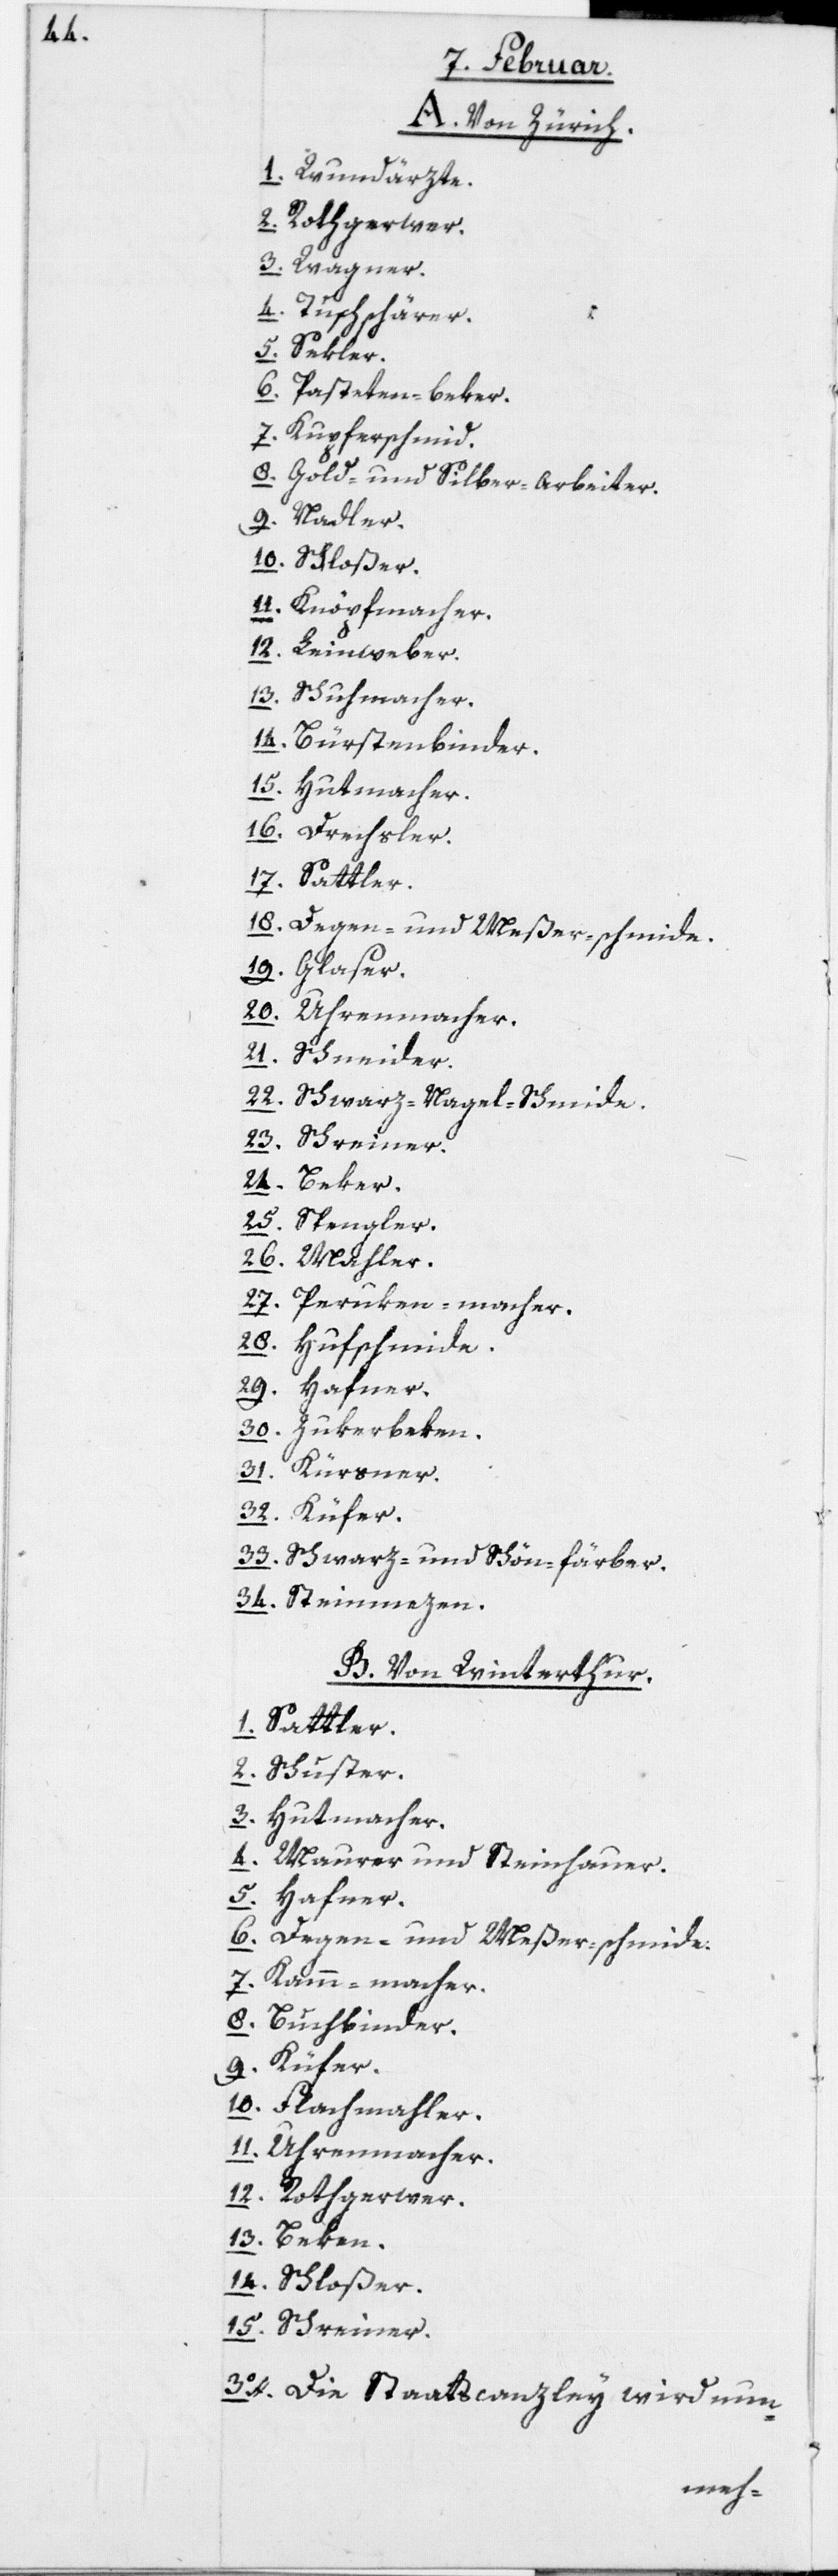
A. Von Zürich.
1. Wundärzte.
2. Rothgerwer.
3. Wagner.
4. Tuschschärer.
5. Sekler.
6. Pasteten-beker.
7. Kupferschmid.
8. Gold- und Silber-Arbeiter.
9. Nadler.
10. Schloßer.
11. Knöpfmacher.
12. Leinweber.
13. Schuhmacher.
14. Bürstenbinder.
15. Hutmacher.
16. Drechsler.
17. Sattler.
18. Degen- und Meßer-schmide.
19. Glaser.
20. Uhrenmacher.
21. Schneider.
22. Schwarz-Nagel-Schmide.
23. Schreiner.
24. Beker.
25. Spengler.
26. Mahler
27. Peruken-macher.
28. Hufschmide.
29. Hafner.
30. Zukerbeken.
31. Kürsner.
32. Küfer.
33. Schwarz- und Schön-färber.
34. Steinmezen.
B. Von Winterthur.
1. Sattler.
2. Schuster.
3. Hutmacher.
4. Maurer und Steinhauer.
5. Hafner.
6. Degen- und Meßer-schmide.
7. Kamm-macher.
8. Buchbinder.
9. Küfer.
10. Flachmahler.
11. Uhrenmacher.
12. Rothgerwer.
13. Beken.
14. Schloßer.
15. Schreiner.
3o. Die Staatscanzley wird nun-